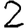
Digit: 2